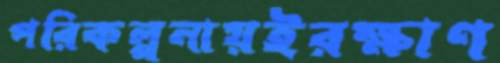
পরিকল্পনায়ইরক্ষাণ